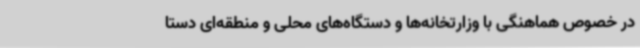
در خصوص هماهنگی با وزارتخانه‌ها و دستگاه‌های محلی و منطقه‌ای دستا